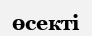
өсекті